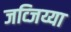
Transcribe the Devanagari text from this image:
जव्जिय्या